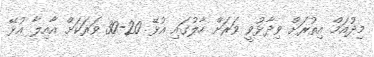
މިދުއަމް އިތުރަށް ވިދާޅުވީ ވަރަށް ހާލުގައި އުޅޭ 20-30 ވަރަކަށް އާއިލާ އުޅޭ